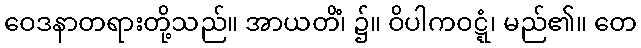
ဝေဒနာတရားတို့သည်။ အာယတိံ၊ ၌။ ဝိပါကဝဋ္ဋံ၊ မည်၏။ တေ